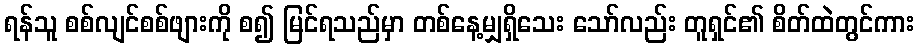
ရန်သူ စစ်လျင်စစ်ဖျားကို စ၍ မြင်ရသည်မှာ တစ်နေ့မျှရှိသေး သော်လည်း တူရှင်၏ စိတ်ထဲတွင်ကား